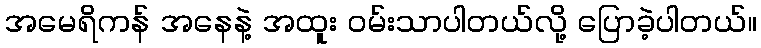
အမေရိကန် အနေနဲ့ အထူး ဝမ်းသာပါတယ်လို့ ပြောခဲ့ပါတယ်။